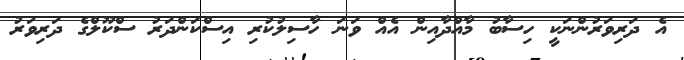
އެ ދަރިވަރުންނަކީ ހިސާބު މާއްދާއިން އެއް ވަނަ ހާސިލުކުރި އިސްކަންދަރު ސްކޫލްގެ ދަރިވަރު